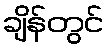
ချိန်တွင်